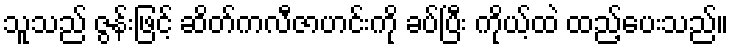
သူသည် ဇွန်းဖြင့် ဆိတ်ကလီဇာဟင်းကို ခပ်ပြီး ကိုယ့်ထဲ ထည့်ပေးသည်။